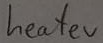
Text: heater